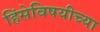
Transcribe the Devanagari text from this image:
हिंसेविषयीच्या